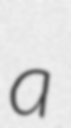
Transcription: a